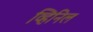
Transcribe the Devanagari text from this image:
व्हिनिल